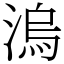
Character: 溩